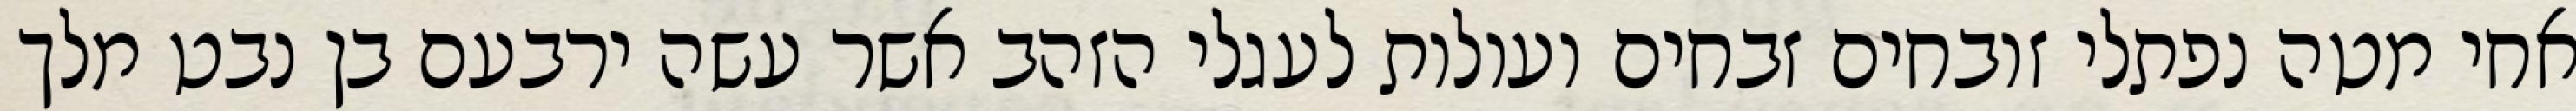
אחי מטה נפתלי זובחים זבחים ועולות לעגלי הזהב אשר עשה ירבעם בן נבט מלך